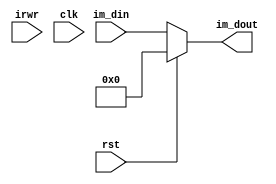
/*
    IRIM
rst=1  irwr=1im_dout<-0

rst=0clk  irwr=1im_dout<-im_din

*/
`timescale 1ns / 1ns
module IR
        (
            input [31:0] im_din,       //
            input irwr,                 //
            input rst,                  //
            input clk,                  //
            output reg [31:0] im_dout     //
        );


		  
//always @ (posedge clk)
//      begin
//		  if(irwr)begin
//				if(!rst)
//				  im_dout <= im_din;
//				else
//				  im_dout <= 32'h000000000;
//			end
//      end
always @ (irwr)
	begin
		if( !rst )
			im_dout <= im_din;
		else
			im_dout <= 0;
	end

endmodule